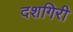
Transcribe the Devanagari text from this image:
दशगिरी